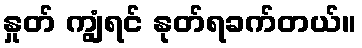
နှုတ် ကျွံရင် နုတ်ရခက်တယ်။